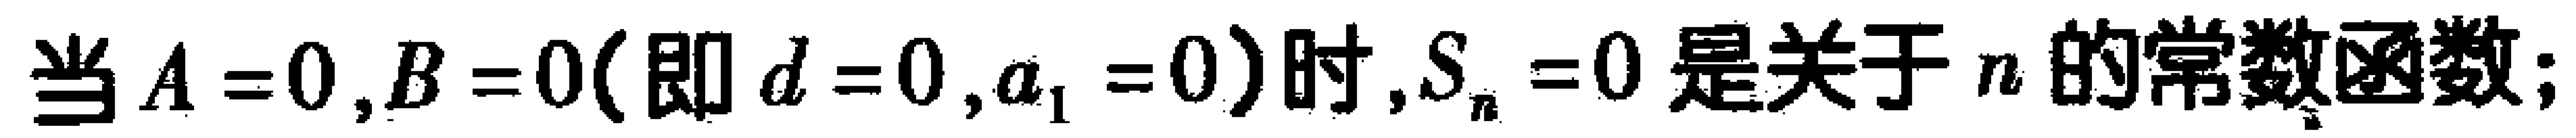
当 \(A = 0,B = 0\)(即 \(d = 0,a_{1} = 0\))时,\(S_{n} = 0\) 是关于 \(n\) 的常数函数;当 \(A = 0,B = 0\)(即 \(d = 0,a_{1} = 0\))时,\(S_{n} = 0\) 是关于 \(n\) 的常数函数;当 \(A = 0,B = 0\)(即 \(d = 0,a_{1} = 0\))时,\(S_{n} = 0\) 是关于 \(n\) 的常数函数;